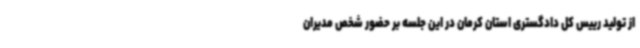
از تولید رییس کل دادگستری استان کرمان در این جلسه بر حضور شخص مدیران